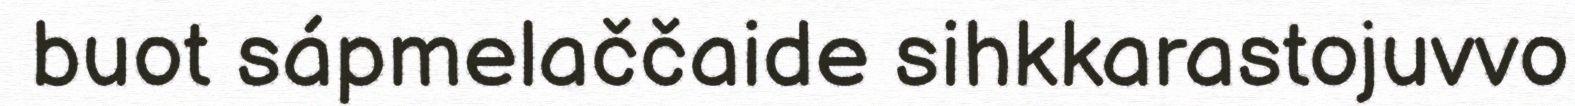
buot sápmelaččaide sihkkarastojuvvo